DOW-UAP-D64, Mission Report, Iran, November 2020
Agency: Department of War
Incident date: 11/2/20
Incident location: Iran
Page 5
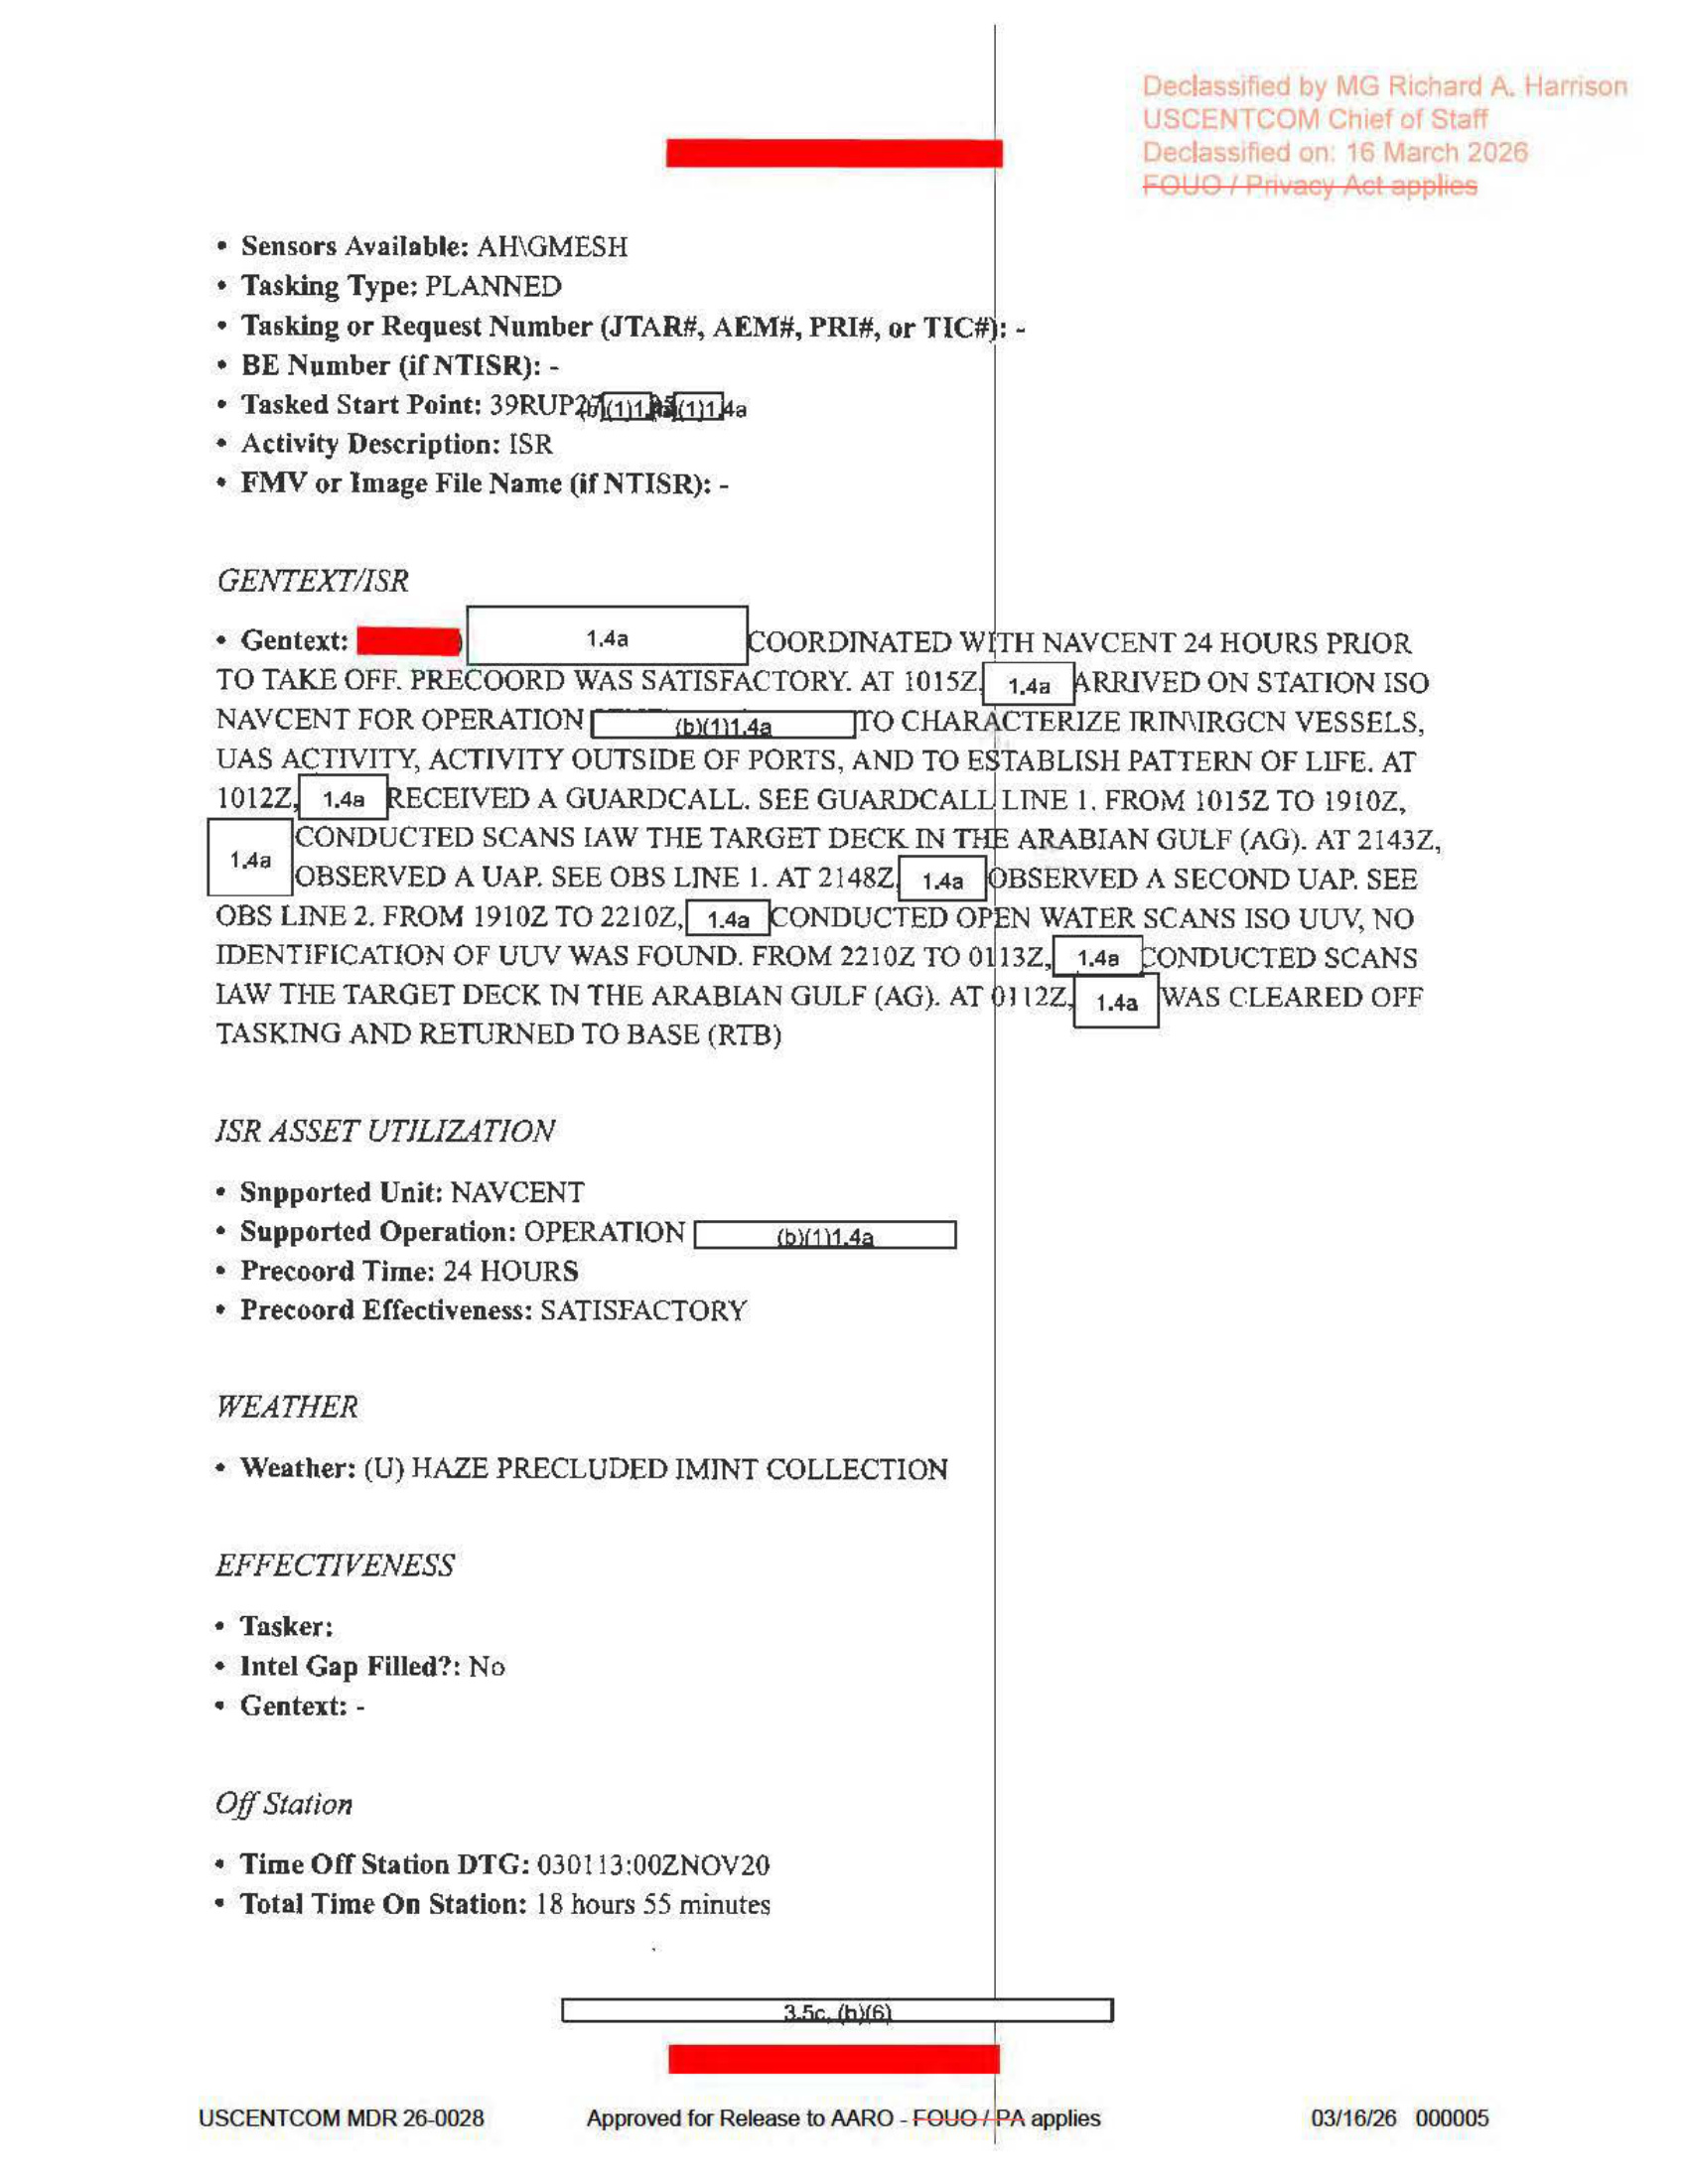